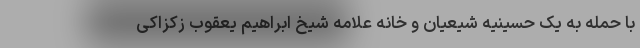
با حمله به یک حسینیه شیعیان و خانه علامه شیخ ابراهیم یعقوب زکزاکی